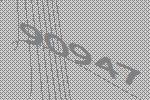
90947